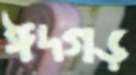
ঈদগড়